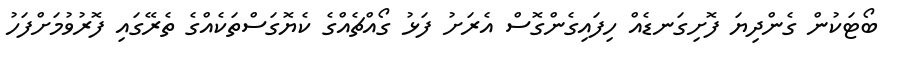
ބޯޓަކުން ގެންދިޔަ ފޮށިގަނޑެއް ހިފައިގެންގޮސް އެރަށު ފަޅު ގޯއްޗެއްގެ ކެޔޮގަސްތަކެއްގެ ތެރޭގައި ފޮރުވުމަށްފަހު